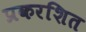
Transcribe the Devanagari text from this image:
प्रकरशित